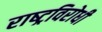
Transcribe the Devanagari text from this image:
राष्‍ट्रविरोधी